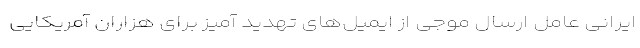
ایرانی عامل ارسال موجی از ایمیل‌های تهدید آمیز برای هزاران آمریکایی